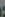
: